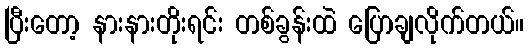
ပြီးတော့ နားနားတိုးရင်း တစ်ခွန်းထဲ ပြောချလိုက်တယ်။